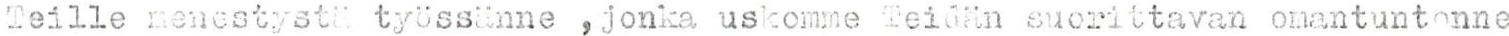
Teille menestystä työssänne ,jonka uskomme Teidän suorittavan omantuntonne